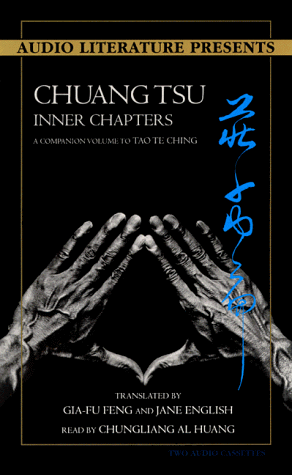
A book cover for Chuangtsu: Inner Chapters, a Companion to Tao Te Ching; Religion & Spirituality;